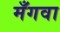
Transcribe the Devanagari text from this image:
मँगवा